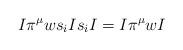
LaTeX: \begin{align*}I \pi^{\mu} w s_i I s_i I = I \pi^{\mu} w I\end{align*}